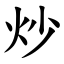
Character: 炒